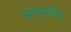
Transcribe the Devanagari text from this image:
स्थानासहित